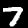
Digit: 7